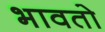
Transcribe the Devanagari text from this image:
भावतो